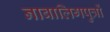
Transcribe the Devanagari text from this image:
नाबालिगपुत्रों